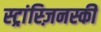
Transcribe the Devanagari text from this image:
स्ट्रांस्ज़िनस्की